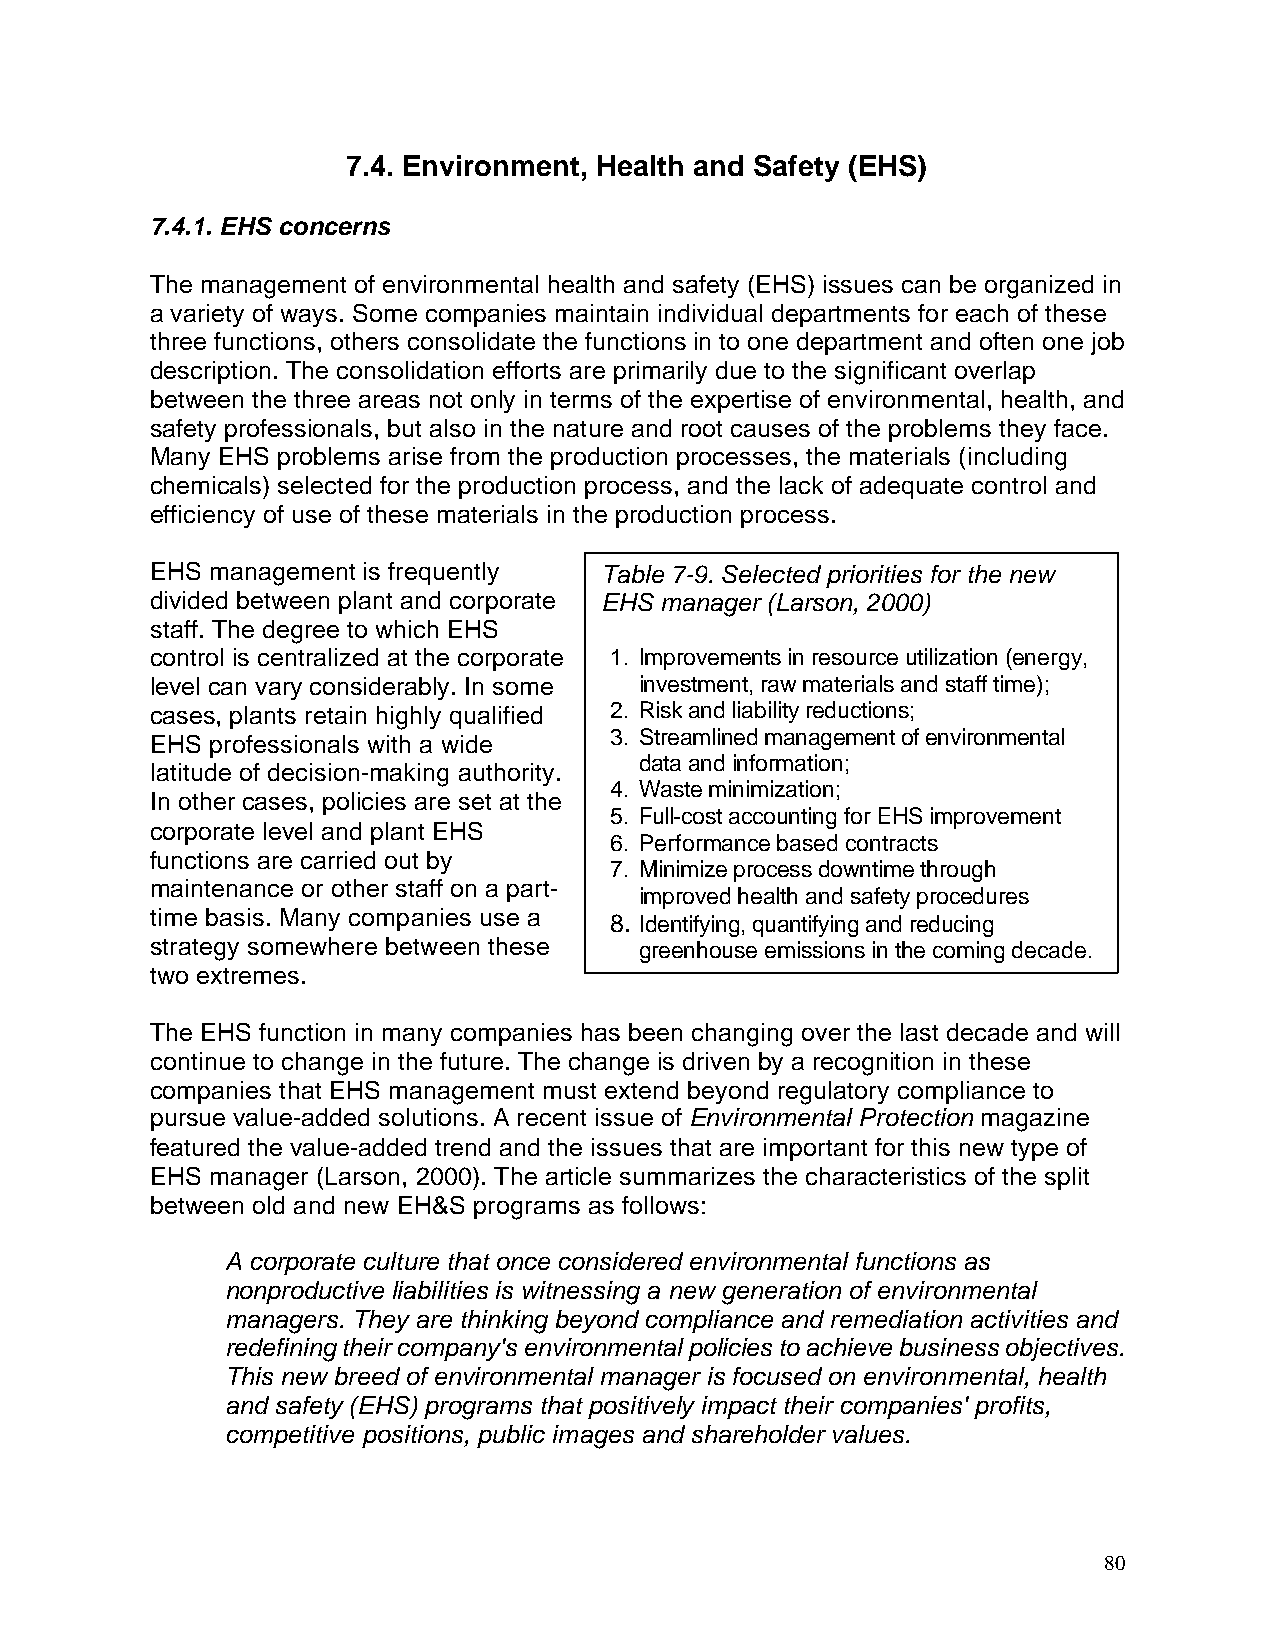
7.4. Environment, Health and Safety (EHS)
 7.4.1. EHS concerns
 The management of environmental health and safety (EHS) issues can be organized in
 a variety of ways. Some companies maintain individual departments for each of these
 three functions, others consolidate the functions in to one department and often one job
 description. The consolidation efforts are primarily due to the significant overlap
 between the three areas not only in terms of the expertise of environmental, health, and
 safety professionals, but also in the nature and root causes of the problems they face.
 Many EHS problems arise from the production processes, the materials (including
 chemicals) selected for the production process, and the lack of adequate control and
 efficiency of use of these materials in the production process.
 EHS management is frequently  Table 7-9. Selected priorities for the new
 divided between plant and corporate EHS manager (Larson, 2000)
 staff. The degree to which EHS
 control is centralized at the corporate 1. Improvements in resource utilization (energy,
 level can vary considerably. In some investment, raw materials and staff time);
 cases, plants retain highly qualified 2. Risk and liability reductions;
 3. Streamlined management of environmental
 EHS professionals with a wide
 data and information;
 latitude of decision-making authority.
 4. Waste minimization;
 In other cases, policies are set at the
 5. Full-cost accounting for EHS improvement
 corporate level and plant EHS
 6. Performance based contracts
 functions are carried out by
 7. Minimize process downtime through
 maintenance or other staff on a part-
 improved health and safety procedures
 time basis. Many companies use a 8. Identifying, quantifying and reducing
 strategy somewhere between these greenhouse emissions in the coming decade.
 two extremes.
 The EHS function in many companies has been changing over the last decade and will
 continue to change in the future. The change is driven by a recognition in these
 companies that EHS management must extend beyond regulatory compliance to
 pursue value-added solutions. A recent issue of Environmental Protection magazine
 featured the value-added trend and the issues that are important for this new type of
 EHS manager (Larson, 2000). The article summarizes the characteristics of the split
 between old and new EH&S programs as follows:
 A corporate culture that once considered environmental functions as
 nonproductive liabilities is witnessing a new generation of environmental
 managers. They are thinking beyond compliance and remediation activities and
 redefining their company's environmental policies to achieve business objectives.
 This new breed of environmental manager is focused on environmental, health
 and safety (EHS) programs that positively impact their companies' profits,
 competitive positions, public images and shareholder values.
 80